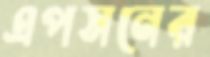
এপসনের